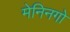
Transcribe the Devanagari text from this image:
मेनिनगो